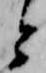
と